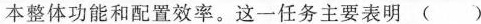
本整体功能和配置效率。这一任务主要表明 ( )